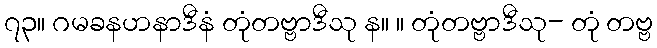
၇၃။ ဂမခနဟနာဒီနံ တုံတဗ္ဗာဒီသု န။ ။ တုံတဗ္ဗာဒီသု- တုံ တဗ္ဗ